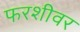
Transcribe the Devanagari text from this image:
फरशीवर